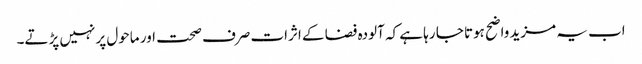
اب یہ مزید واضح ہوتا جا رہا ہے کہ آلودہ فضا کے اثرات صرف صحت اور ماحول پر نہیں پڑتے۔